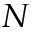
N